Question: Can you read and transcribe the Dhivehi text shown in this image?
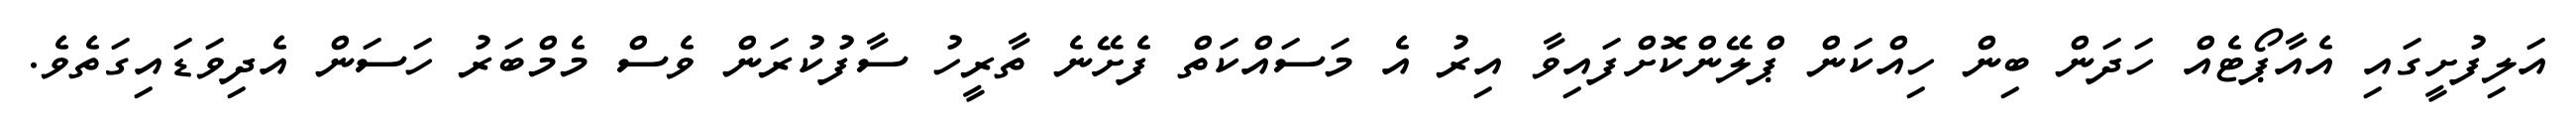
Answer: އަލިފުށީގައި އެއާޕޯޓެއް ހަދަން ބިން ހިއްކަން ޕްލޭންކޮށްފައިވާ އިރު އެ މަސައްކަތް ފެށޭނެ ތާރީހު ސާފުކުރަން ވެސް މެމްބަރު ހަސަން އެދިވަޑައިގަތެވެ.